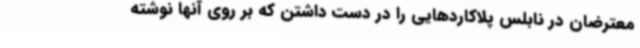
معترضان در نابلس پلاکاردهایی را در دست داشتن که بر روی آنها نوشته